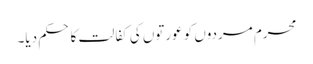
محرم مردوں کو عورتوں کی کفالت کا حکم دیا۔